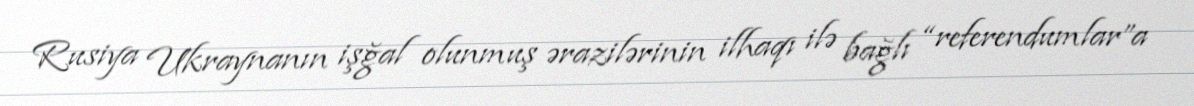
Rusiya Ukraynanın işğal olunmuş ərazilərinin ilhaqı ilə bağlı “referendumlar”a